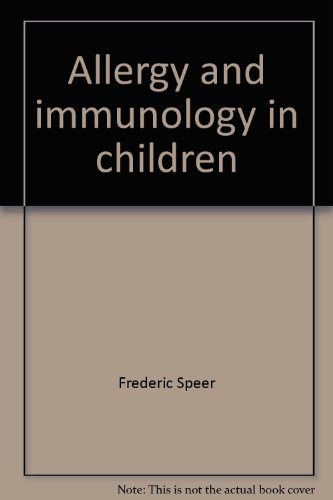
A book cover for Allergy and immunology in children,; Frederic Speer; Health, Fitness & Dieting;